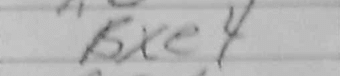
Transcription: Bxe4